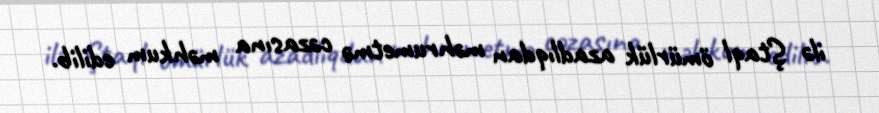
ilə Ştaql ömürlük azadlıqdan məhrumetmə cəzasına məhkum edilib.